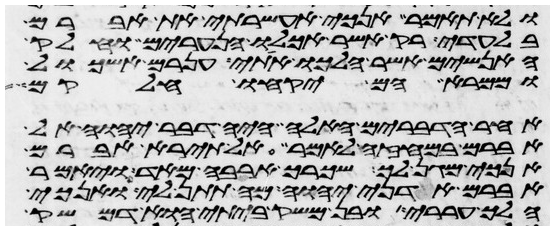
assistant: ולא תאמר אנכי אעשרתי את אברם
בלעדי רק אשר אכלו הנערים וחלק
האנשים אשר הלכו אתי ענרם ואשכול
וממרא הם יקחו חלקם
אחר הדברים האלה היה דבר יהוה אל
אברם במחזה לאמר אל תירא אברם
אנכי מגן לך ושכרך ארבה מאד ויאמר
אברם אדני יהוה מה תתן לי ואנכי
הלך עררי ובן משק ביתי הוא דמשק